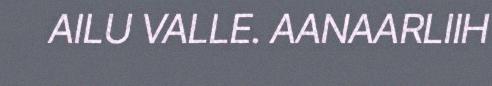
AILU VALLE. AANAARLIIH